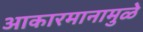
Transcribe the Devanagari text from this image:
आकारमानामुळे